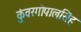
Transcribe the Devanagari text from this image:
कुंवरगोपालसिंह